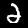
Label: 2